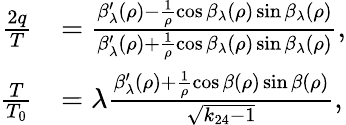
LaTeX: \begin{array}{rl}{\frac{2q}{T}}&{=\frac{\beta_{\lambda}^{\prime}(\rho)-\frac{1}{\rho}\cos\beta_{\lambda}(\rho)\sin\beta_{\lambda}(\rho)}{\beta_{\lambda}^{\prime}(\rho)+\frac{1}{\rho}\cos\beta_{\lambda}(\rho)\sin\beta_{\lambda}(\rho)},}\\ {\frac{T}{T_{0}}}&{=\lambda\frac{\beta_{\lambda}^{\prime}(\rho)+\frac{1}{\rho}\cos\beta(\rho)\sin\beta(\rho)}{\sqrt{k_{24}-1}},}\end{array}